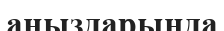
аңыздарында